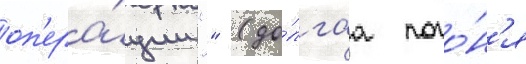
оп'ера́ции "" (до́лгаа пого́н'я